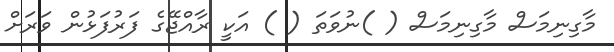
މާގިނިމަސް މާގިނިމަސް ( )ނުވަތަ ( ) އަކީ ރާއްޖޭގެ ފަރުފަޅުން ވަރަށް